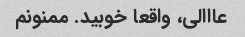
عااالی، واقعا خوبید. ممنونم